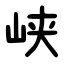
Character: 峡